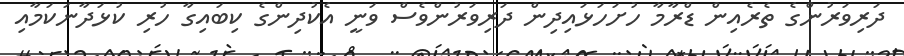
ދަރިވަރުންގެ ތެރެއިން ޑްރާމާ ހުށަހަޅައިދިން ދަރިވަރުންވެސް ވަނީ އެކުދިންގެ ކިބައިގާ ހުރި ކުޅަދާނަކަމާއި